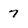
Character: 7